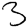
Digit: 3